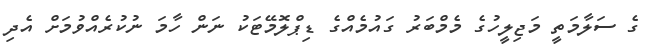
ގެ ސަލާމަތީ މަޖިލީހުގެ މެމްބަރު ގައުމެއްގެ ޑިޕްލޮމޭޓަކު ނަން ހާމަ ނުކުރެއްވުމަށް އެދި